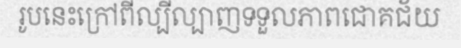
រូបនេះក្រៅពីល្បីល្បាញទទួលភាពជោគជ័យ